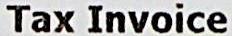
TAX INVOICE